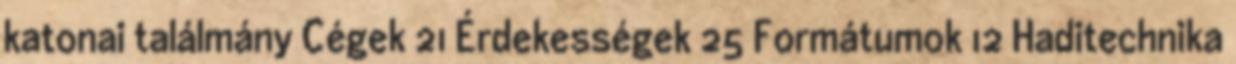
katonai találmány Cégek 21 Érdekességek 25 Formátumok 12 Haditechnika